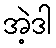
အဲ့ဒါ